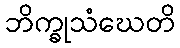
ဘိက္ခုသံဃေတိ